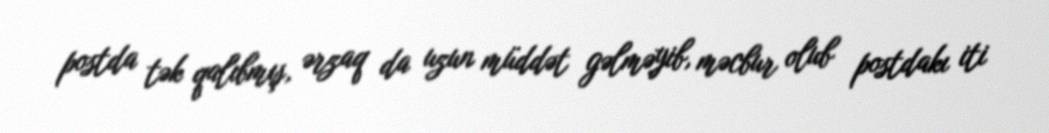
postda tək qalıbmış, ərzaq da uzun müddət gəlməyib, məcbur olub postdakı iti